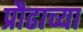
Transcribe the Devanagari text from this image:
प्रौढाच्या